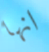
انها